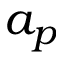
a _ { p }